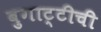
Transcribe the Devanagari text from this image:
बुगाट्टीची